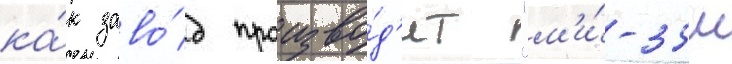
ка́к заво́д произво́д'ит "м'и́-35м